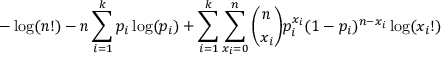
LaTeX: - \log ( n ! ) - n \sum _ { i = 1 } ^ { k } p _ { i } \log ( p _ { i } ) + \sum _ { i = 1 } ^ { k } \sum _ { x _ { i } = 0 } ^ { n } { \binom { n } { x _ { i } } } p _ { i } ^ { x _ { i } } ( 1 - p _ { i } ) ^ { n - x _ { i } } \log ( x _ { i } ! )